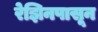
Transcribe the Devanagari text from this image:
रेझिनपासून